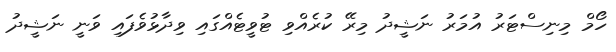
ހޯމް މިނިސްޓަރު އުމަރު ނަޝީދު މިރޭ ކުރެއްވި ޓުވީޓެއްގައި ވިދާޅުވެފައި ވަނީ ނަޝީދު